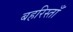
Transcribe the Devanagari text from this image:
बहरिस्ताँ